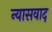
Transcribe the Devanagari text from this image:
न्यासवाद